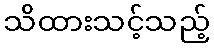
သိထားသင့်သည့်